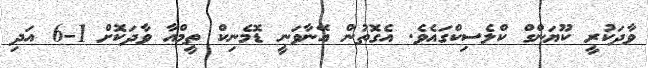
ވާދަކުރީ ކޫޔަންގް ކްލެސިކްގައެވެ. އެގޮތުން އޭނާވަނީ ޑޮމެނިކް ތީމްއާ ވާދަކޮށް 1-6 އަދި